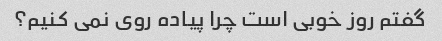
گفتم روز خوبی است چرا پیاده روی نمی کنیم؟